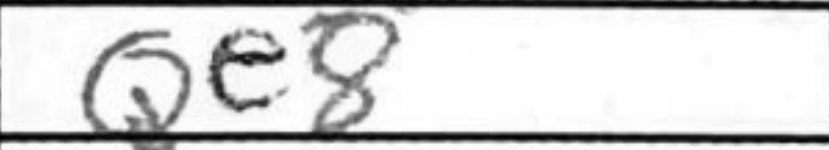
Transcription: Qe8